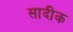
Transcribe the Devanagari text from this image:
सादीक